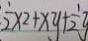
\frac { 1 } { 2 } \times 2 + x y + \frac { 1 } { 2 } y